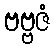
ဗဗ္ဗဇံ